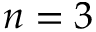
n = 3